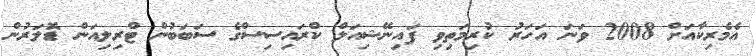
އެމެރިކާއަށް 2008 ވަނަ އަހަރު ކުރިމަތިވި ފައިނޭޝިއަލް ކްރައިސިސްގެ ސަބަބުން ޓްރިލިއަން ޑޮލަރުން